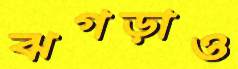
ঝগড়াও